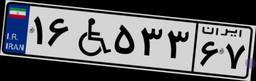
۹۸W۴۴۵۷۳